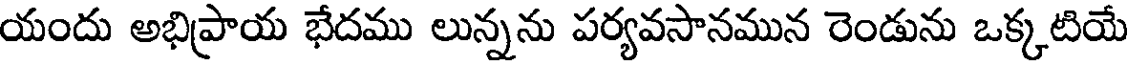
యందు అభిప్రాయ భేదము లున్నను పర్యవసానమున రెండును ఒక్కటియే